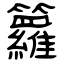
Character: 籮